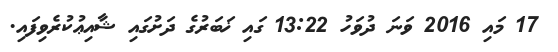
17 މައި 2016 ވަނަ ދުވަހު 13:22 ގައި ޚަބަރުގެ ދަށުގައި ޝާއިޢުކުރެވިފައި.